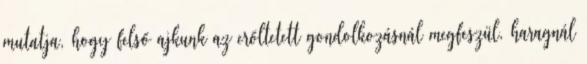
mutatja, hogy felső ajkunk az erőltetett gondolkozásnál megfeszül, haragnál